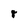
Character: 8